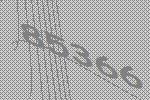
85366